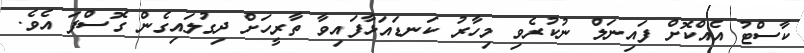
ކާސްޓު އެއްކޮށް ފައިނަލް ނުކުރެވި މިހާރު ކަނޑައަޅާފައިވާ ތާރީހަށް ދިގުލައިގެން ގޮސްފަ އެވެ.